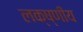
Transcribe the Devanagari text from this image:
लक्ष्णीय